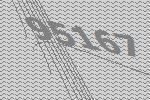
95167